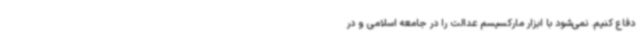
دفاع کنیم. نمی‌شود با ابزار مارکسیسم عدالت را در جامعه اسلامی و در